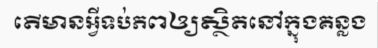
តើមានអ្វីទប់ភពឲ្យស្ថិតនៅក្នុងគន្លង